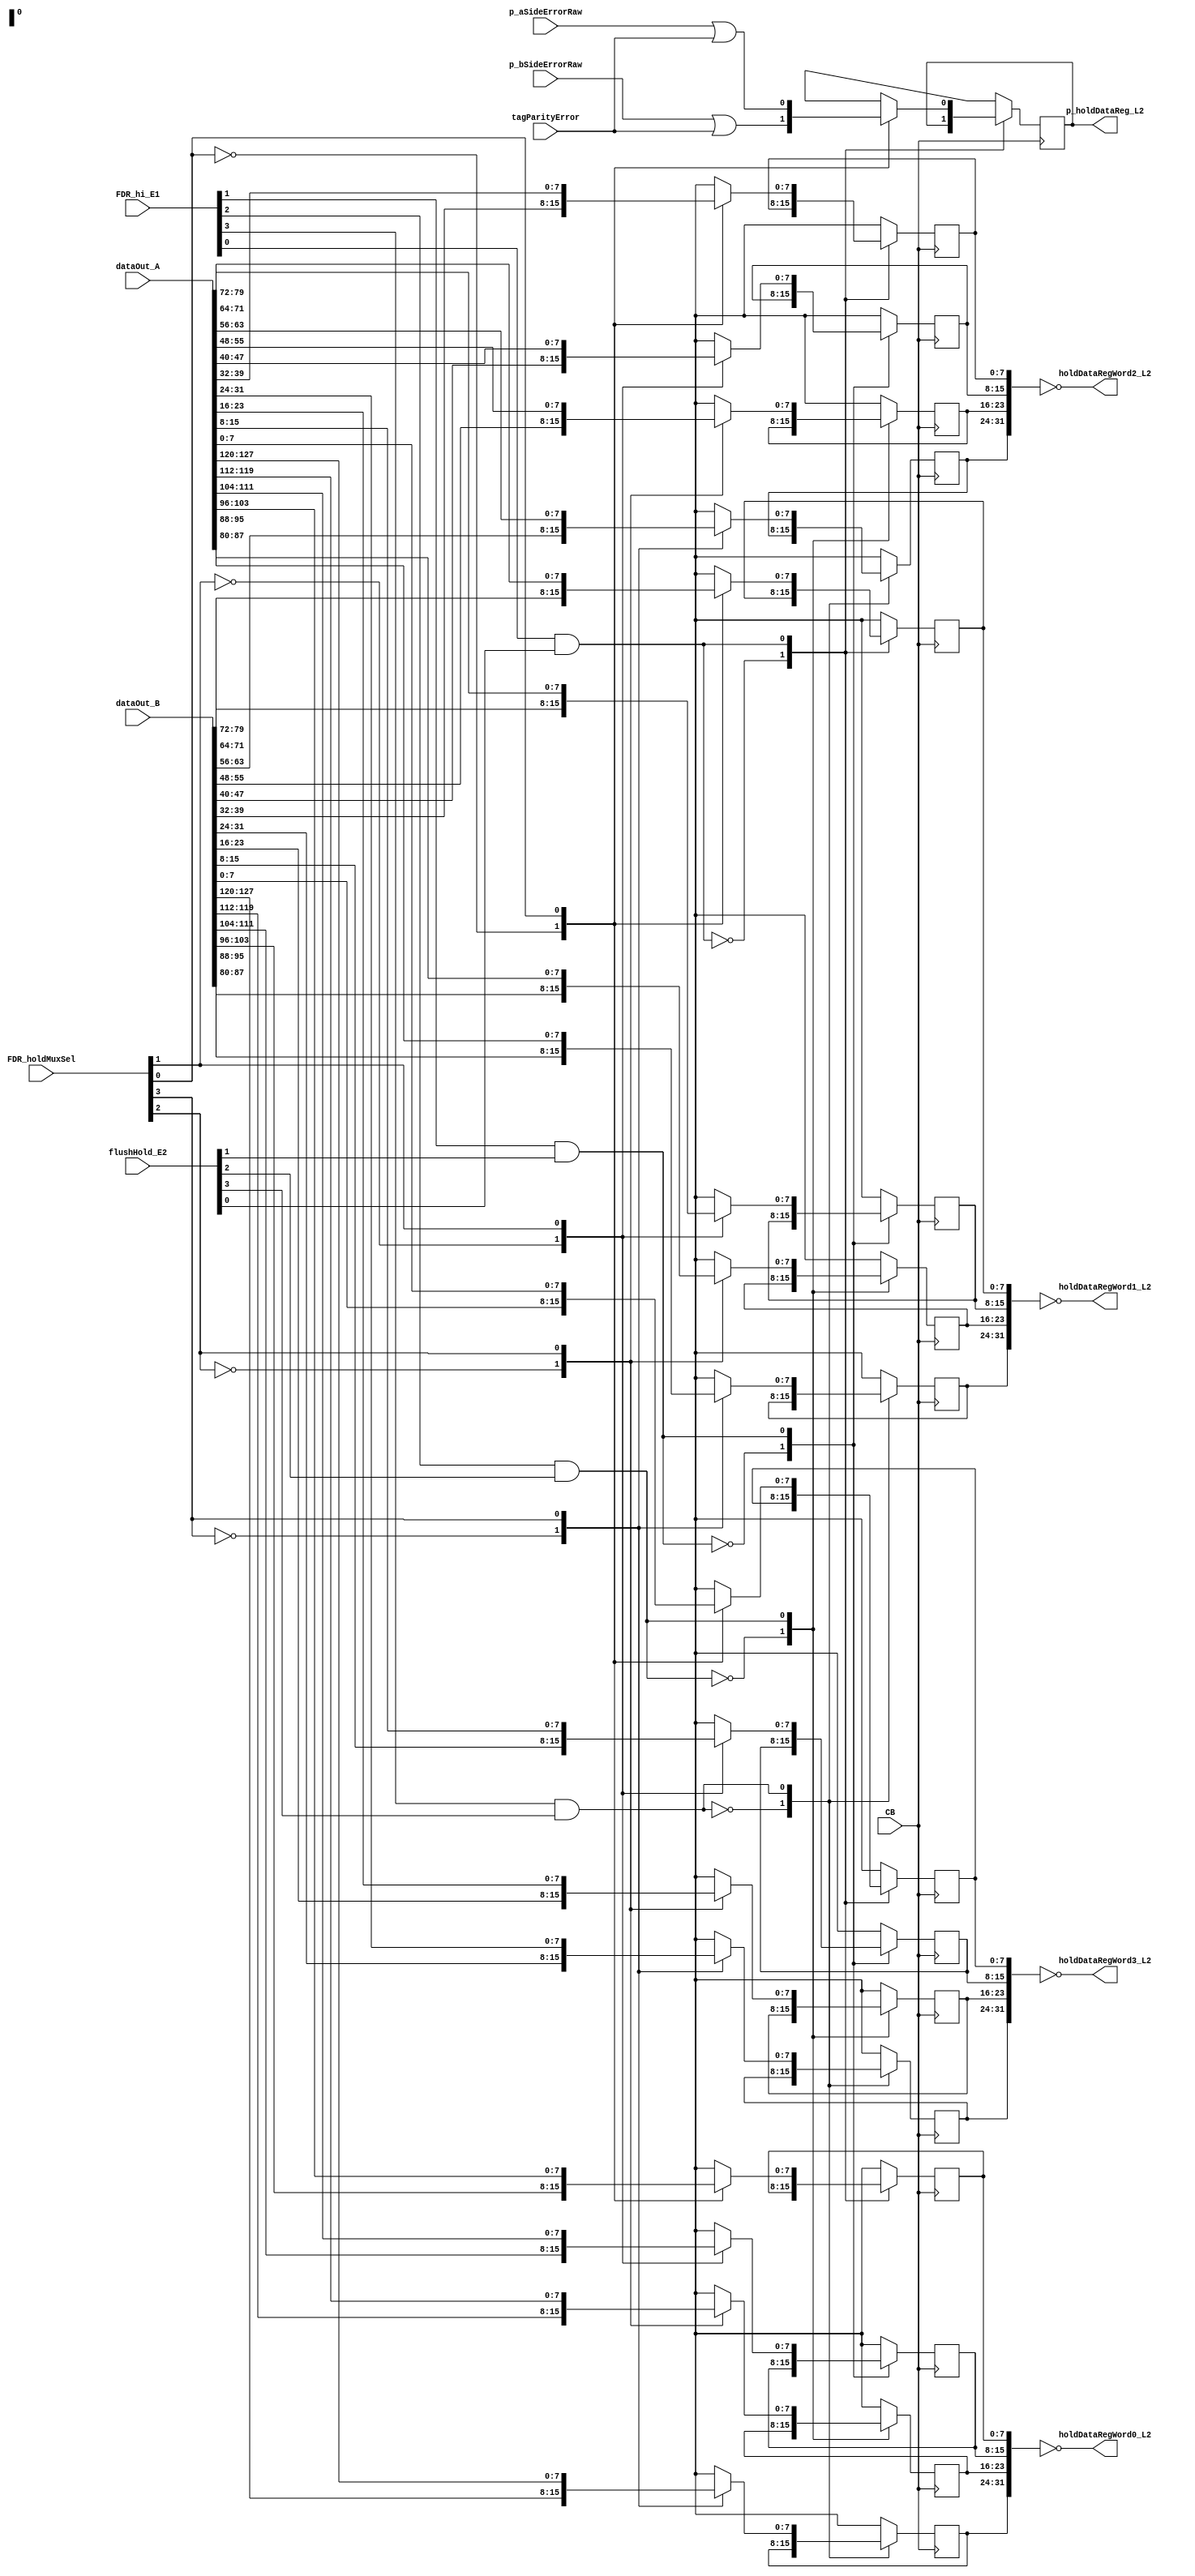
// 
// ************************************************************************** 
// 
//  Copyright (c) International Business Machines Corporation, 2005. 
// 
//  This file contains trade secrets and other proprietary and confidential 
//  information of International Business Machines Corporation which are 
//  protected by copyright and other intellectual property rights and shall 
//  not be reproduced, transferred to other documents, disclosed to others, 
//  or used for any purpose except as specifically authorized in writing by 
//  International Business Machines Corporation. This notice must be 
//  contained as part of this text at all times. 
// 
// ************************************************************************** 
//

module p405s_DCU_holdReg( holdDataRegWord0_L2,
                          holdDataRegWord1_L2,
                          holdDataRegWord2_L2,
                          holdDataRegWord3_L2,
                          p_holdDataReg_L2,
                          CB,
                          FDR_hi_E1,
                          FDR_holdMuxSel,
                          dataOut_A,
                          p_aSideErrorRaw,
                          dataOut_B,
                          p_bSideErrorRaw,
                          tagParityError,
                          flushHold_E2)
                         ;

output [0:31]  holdDataRegWord0_L2;
output [0:31]  holdDataRegWord1_L2;
output [0:31]  holdDataRegWord2_L2;
output [0:31]  holdDataRegWord3_L2;

input CB;
input [0:3]  FDR_hi_E1;
input [0:3]  flushHold_E2;
input [0:127]  dataOut_A;
input [0:127]  dataOut_B;
input [0:3]  FDR_holdMuxSel;

//--------- start ---------------
// rgoldiez - added a parity error latch bit to the holdReg which could feed the FDR
//            need the error signals for a/b which will get latched into this new bit
//
//            added the new output p_holdDataReg_L2, which says there is an error the holdDR
//              half line

input  p_aSideErrorRaw;
input  p_bSideErrorRaw;
input  tagParityError;
output p_holdDataReg_L2;

//--------- end -----------------

// Removed the module 'module dp_regDCU_holdWord3Byte0
// Removed the module 'module dp_regDCU_holdWord3Byte1
// Removed the module 'module dp_regDCU_holdWord3Byte2
// Removed the module 'module dp_regDCU_holdWord3Byte3
// Removed the module 'module dp_regDCU_holdWord2Byte0
// Removed the module 'module dp_regDCU_holdWord2Byte1
// Removed the module 'module dp_regDCU_holdWord2Byte2
// Removed the module 'module dp_regDCU_holdWord2Byte3
// Removed the module 'module dp_regDCU_holdWord1Byte0
// Removed the module 'module dp_regDCU_holdWord1Byte1
// Removed the module 'module dp_regDCU_holdWord1Byte2
// Removed the module 'module dp_regDCU_holdWord1Byte3
// Removed the module 'module dp_regDCU_holdWord0Byte0
// Removed the module 'module dp_regDCU_holdWord0Byte1
// Removed the module 'module dp_regDCU_holdWord0Byte2
// Removed the module 'module dp_regDCU_holdWord0Byte3

   reg [0:127] dp_Reg_DataIn;
   reg [0:31]  holdDataRegWord3_L2n;
   wire [0:31] holdDataRegWord3_L2;   
   assign      holdDataRegWord3_L2 = ~holdDataRegWord3_L2n;
   
   always @(FDR_holdMuxSel or dataOut_B or dataOut_A)        
     begin                                       
	case(FDR_holdMuxSel[3])                    
	  1'b0: dp_Reg_DataIn[120:127] = dataOut_B[120:127];   
	  1'b1: dp_Reg_DataIn[120:127] = dataOut_A[120:127];   
	  default: dp_Reg_DataIn[120:127] = 8'bx;  
	endcase                             
     end                                  
   // L2 Output modeled as posedge FF      
   always @(posedge CB)      
     begin                                       
	case(FDR_hi_E1[3] & flushHold_E2[3])                        
	  1'b0: holdDataRegWord3_L2n[24:31] <= holdDataRegWord3_L2n[24:31];                
	  1'b1: holdDataRegWord3_L2n[24:31] <= dp_Reg_DataIn[120:127];       
	  default: holdDataRegWord3_L2n[24:31] <= 8'bx;  
	endcase                             
     end                                  

   always @(FDR_holdMuxSel or dataOut_B or dataOut_A)        
     begin                                       
	case(FDR_holdMuxSel[2])                    
	  1'b0: dp_Reg_DataIn[112:119] = dataOut_B[112:119];   
	  1'b1: dp_Reg_DataIn[112:119] = dataOut_A[112:119];   
	  default: dp_Reg_DataIn[112:119] = 8'bx;  
	endcase                             
     end                                  
   // L2 Output modeled as posedge FF      
   always @(posedge CB)      
     begin                                       
	case(FDR_hi_E1[2] & flushHold_E2[2])                        
	  1'b0: holdDataRegWord3_L2n[16:23] <= holdDataRegWord3_L2n[16:23];                
	  1'b1: holdDataRegWord3_L2n[16:23] <= dp_Reg_DataIn[112:119];       
	  default: holdDataRegWord3_L2n[16:23] <= 8'bx;  
	endcase                             
     end                                  

   always @(FDR_holdMuxSel or dataOut_B or dataOut_A)        
     begin                                       
	case(FDR_holdMuxSel[1])                    
	  1'b0: dp_Reg_DataIn[104:111] = dataOut_B[104:111];   
	  1'b1: dp_Reg_DataIn[104:111] = dataOut_A[104:111];   
	  default: dp_Reg_DataIn[104:111] = 8'bx;  
	endcase                             
     end                                  
   // L2 Output modeled as posedge FF      
   always @(posedge CB)      
     begin                                       
	case(FDR_hi_E1[1] & flushHold_E2[1])                        
	  1'b0: holdDataRegWord3_L2n[8:15] <= holdDataRegWord3_L2n[8:15];                
	  1'b1: holdDataRegWord3_L2n[8:15] <= dp_Reg_DataIn[104:111];       
	  default: holdDataRegWord3_L2n[8:15] <= 8'bx;  
	endcase                             
     end                                  

   always @(FDR_holdMuxSel or dataOut_B or dataOut_A)        
     begin                                       
	case(FDR_holdMuxSel[0])                    
	  1'b0: dp_Reg_DataIn[96:103] = dataOut_B[96:103];   
	  1'b1: dp_Reg_DataIn[96:103] = dataOut_A[96:103];   
	  default: dp_Reg_DataIn[96:103] = 8'bx;  
	endcase                             
     end                                  
   // L2 Output modeled as posedge FF      
   always @(posedge CB)      
     begin                                       
	case(FDR_hi_E1[0] & flushHold_E2[0])                        
	  1'b0: holdDataRegWord3_L2n[0:7] <= holdDataRegWord3_L2n[0:7];                
	  1'b1: holdDataRegWord3_L2n[0:7] <= dp_Reg_DataIn[96:103];       
	  default: holdDataRegWord3_L2n[0:7] <= 8'bx;  
	endcase                             
     end                                  


   reg [0:31]  holdDataRegWord2_L2n;
   wire [0:31] holdDataRegWord2_L2;   
   assign      holdDataRegWord2_L2 = ~holdDataRegWord2_L2n;
   
   always @(FDR_holdMuxSel or dataOut_B or dataOut_A)        
     begin                                       
	case(FDR_holdMuxSel[3])                    
	  1'b0: dp_Reg_DataIn[88:95] = dataOut_B[88:95];   
	  1'b1: dp_Reg_DataIn[88:95] = dataOut_A[88:95];   
	  default: dp_Reg_DataIn[88:95] = 8'bx;  
	endcase                             
     end                                  
   // L2 Output modeled as posedge FF      
   always @(posedge CB)      
     begin                                       
	case(FDR_hi_E1[3] & flushHold_E2[3])                        
	  1'b0: holdDataRegWord2_L2n[24:31] <= holdDataRegWord2_L2n[24:31];                
	  1'b1: holdDataRegWord2_L2n[24:31] <= dp_Reg_DataIn[88:95];       
	  default: holdDataRegWord2_L2n[24:31] <= 8'bx;  
	endcase                             
     end                                  

   always @(FDR_holdMuxSel or dataOut_B or dataOut_A)        
     begin                                       
	case(FDR_holdMuxSel[2])                    
	  1'b0: dp_Reg_DataIn[80:87] = dataOut_B[80:87];   
	  1'b1: dp_Reg_DataIn[80:87] = dataOut_A[80:87];   
	  default: dp_Reg_DataIn[80:87] = 8'bx;  
	endcase                             
     end                                  
   // L2 Output modeled as posedge FF      
   always @(posedge CB)      
     begin                                       
	case(FDR_hi_E1[2] & flushHold_E2[2])                        
	  1'b0: holdDataRegWord2_L2n[16:23] <= holdDataRegWord2_L2n[16:23];                
	  1'b1: holdDataRegWord2_L2n[16:23] <= dp_Reg_DataIn[80:87];       
	  default: holdDataRegWord2_L2n[16:23] <= 8'bx;  
	endcase                             
     end                                  

   always @(FDR_holdMuxSel or dataOut_B or dataOut_A)        
     begin                                       
	case(FDR_holdMuxSel[1])                    
	  1'b0: dp_Reg_DataIn[72:79] = dataOut_B[72:79];   
	  1'b1: dp_Reg_DataIn[72:79] = dataOut_A[72:79];   
	  default: dp_Reg_DataIn[72:79] = 8'bx;  
	endcase                             
     end                                  
   // L2 Output modeled as posedge FF      
   always @(posedge CB)      
     begin                                       
	case(FDR_hi_E1[1] & flushHold_E2[1])                        
	  1'b0: holdDataRegWord2_L2n[8:15] <= holdDataRegWord2_L2n[8:15];                
	  1'b1: holdDataRegWord2_L2n[8:15] <= dp_Reg_DataIn[72:79];       
	  default: holdDataRegWord2_L2n[8:15] <= 8'bx;  
	endcase                             
     end                                  

   always @(FDR_holdMuxSel or dataOut_B or dataOut_A)        
     begin                                       
	case(FDR_holdMuxSel[0])                    
	  1'b0: dp_Reg_DataIn[64:71] = dataOut_B[64:71];   
	  1'b1: dp_Reg_DataIn[64:71] = dataOut_A[64:71];   
	  default: dp_Reg_DataIn[64:71] = 8'bx;  
	endcase                             
     end                                  
   // L2 Output modeled as posedge FF      
   always @(posedge CB)      
     begin                                       
	case(FDR_hi_E1[0] & flushHold_E2[0])                        
	  1'b0: holdDataRegWord2_L2n[0:7] <= holdDataRegWord2_L2n[0:7];                
	  1'b1: holdDataRegWord2_L2n[0:7] <= dp_Reg_DataIn[64:71];       
	  default: holdDataRegWord2_L2n[0:7] <= 8'bx;  
	endcase                             
     end                                  

   reg [0:31]  holdDataRegWord1_L2n;
   wire [0:31] holdDataRegWord1_L2;   
   assign      holdDataRegWord1_L2 = ~holdDataRegWord1_L2n;
   
   always @(FDR_holdMuxSel or dataOut_B or dataOut_A)        
     begin                                       
	case(FDR_holdMuxSel[3])                    
	  1'b0: dp_Reg_DataIn[56:63] = dataOut_B[56:63];   
	  1'b1: dp_Reg_DataIn[56:63] = dataOut_A[56:63];   
	  default: dp_Reg_DataIn[56:63] = 8'bx;  
	endcase                             
     end                                  
   // L2 Output modeled as posedge FF      
   always @(posedge CB)      
     begin                                       
	case(FDR_hi_E1[3] & flushHold_E2[3])                        
	  1'b0: holdDataRegWord1_L2n[24:31] <= holdDataRegWord1_L2n[24:31];                
	  1'b1: holdDataRegWord1_L2n[24:31] <= dp_Reg_DataIn[56:63];       
	  default: holdDataRegWord1_L2n[24:31] <= 8'bx;  
	endcase                             
     end                                  

   always @(FDR_holdMuxSel or dataOut_B or dataOut_A)        
     begin                                       
	case(FDR_holdMuxSel[2])                    
	  1'b0: dp_Reg_DataIn[48:55] = dataOut_B[48:55];   
	  1'b1: dp_Reg_DataIn[48:55] = dataOut_A[48:55];   
	  default: dp_Reg_DataIn[48:55] = 8'bx;  
	endcase                             
     end                                  
   // L2 Output modeled as posedge FF      
   always @(posedge CB)      
     begin                                       
	case(FDR_hi_E1[2] & flushHold_E2[2])                        
	  1'b0: holdDataRegWord1_L2n[16:23] <= holdDataRegWord1_L2n[16:23];                
	  1'b1: holdDataRegWord1_L2n[16:23] <= dp_Reg_DataIn[48:55];       
	  default: holdDataRegWord1_L2n[16:23] <= 8'bx;  
	endcase                             
     end                                  

   always @(FDR_holdMuxSel or dataOut_B or dataOut_A)        
     begin                                       
	case(FDR_holdMuxSel[1])                    
	  1'b0: dp_Reg_DataIn[40:47] = dataOut_B[40:47];   
	  1'b1: dp_Reg_DataIn[40:47] = dataOut_A[40:47];   
	  default: dp_Reg_DataIn[40:47] = 8'bx;  
	endcase                             
     end                                  
   // L2 Output modeled as posedge FF      
   always @(posedge CB)      
     begin                                       
	case(FDR_hi_E1[1] & flushHold_E2[1])                        
	  1'b0: holdDataRegWord1_L2n[8:15] <= holdDataRegWord1_L2n[8:15];                
	  1'b1: holdDataRegWord1_L2n[8:15] <= dp_Reg_DataIn[40:47];       
	  default: holdDataRegWord1_L2n[8:15] <= 8'bx;  
	endcase                             
     end                                  

   always @(FDR_holdMuxSel or dataOut_B or dataOut_A)        
     begin                                       
	case(FDR_holdMuxSel[0])                    
	  1'b0: dp_Reg_DataIn[32:39] = dataOut_B[32:39];   
	  1'b1: dp_Reg_DataIn[32:39] = dataOut_A[32:39];   
	  default: dp_Reg_DataIn[32:39] = 8'bx;  
	endcase                             
     end                                  
   // L2 Output modeled as posedge FF      
   always @(posedge CB)      
     begin                                       
	case(FDR_hi_E1[0] & flushHold_E2[0])                        
	  1'b0: holdDataRegWord1_L2n[0:7] <= holdDataRegWord1_L2n[0:7];                
	  1'b1: holdDataRegWord1_L2n[0:7] <= dp_Reg_DataIn[32:39];       
	  default: holdDataRegWord1_L2n[0:7] <= 8'bx;  
	endcase                             
     end                                  

   reg [0:31]  holdDataRegWord0_L2n;
   wire [0:31] holdDataRegWord0_L2;   
   assign      holdDataRegWord0_L2 = ~holdDataRegWord0_L2n;
   
   always @(FDR_holdMuxSel or dataOut_B or dataOut_A)        
     begin                                       
	case(FDR_holdMuxSel[3])                    
	  1'b0: dp_Reg_DataIn[24:31] = dataOut_B[24:31];   
	  1'b1: dp_Reg_DataIn[24:31] = dataOut_A[24:31];   
	  default: dp_Reg_DataIn[24:31] = 8'bx;  
	endcase                             
     end                                  
   // L2 Output modeled as posedge FF      
   always @(posedge CB)      
     begin                                       
	case(FDR_hi_E1[3] & flushHold_E2[3])                        
	  1'b0: holdDataRegWord0_L2n[24:31] <= holdDataRegWord0_L2n[24:31];                
	  1'b1: holdDataRegWord0_L2n[24:31] <= dp_Reg_DataIn[24:31];       
	  default: holdDataRegWord0_L2n[24:31] <= 8'bx;  
	endcase                             
     end                                  

   always @(FDR_holdMuxSel or dataOut_B or dataOut_A)        
     begin                                       
	case(FDR_holdMuxSel[2])                    
	  1'b0: dp_Reg_DataIn[16:23] = dataOut_B[16:23];   
	  1'b1: dp_Reg_DataIn[16:23] = dataOut_A[16:23];   
	  default: dp_Reg_DataIn[16:23] = 8'bx;  
	endcase                             
     end                                  
   // L2 Output modeled as posedge FF      
   always @(posedge CB)      
     begin                                       
	case(FDR_hi_E1[2] & flushHold_E2[2])                        
	  1'b0: holdDataRegWord0_L2n[16:23] <= holdDataRegWord0_L2n[16:23];                
	  1'b1: holdDataRegWord0_L2n[16:23] <= dp_Reg_DataIn[16:23];       
	  default: holdDataRegWord0_L2n[16:23] <= 8'bx;  
	endcase                             
     end                                  

   always @(FDR_holdMuxSel or dataOut_B or dataOut_A)        
     begin                                       
	case(FDR_holdMuxSel[1])                    
	  1'b0: dp_Reg_DataIn[8:15] = dataOut_B[8:15];   
	  1'b1: dp_Reg_DataIn[8:15] = dataOut_A[8:15];   
	  default: dp_Reg_DataIn[8:15] = 8'bx;  
	endcase                             
     end                                  
   // L2 Output modeled as posedge FF      
   always @(posedge CB)      
     begin                                       
	case(FDR_hi_E1[1] & flushHold_E2[1])                        
	  1'b0: holdDataRegWord0_L2n[8:15] <= holdDataRegWord0_L2n[8:15];                
	  1'b1: holdDataRegWord0_L2n[8:15] <= dp_Reg_DataIn[8:15];       
	  default: holdDataRegWord0_L2n[8:15] <= 8'bx;  
	endcase                             
     end                                  

   always @(FDR_holdMuxSel or dataOut_B or dataOut_A)        
     begin                                       
	case(FDR_holdMuxSel[0])                    
	  1'b0: dp_Reg_DataIn[0:7] = dataOut_B[0:7];   
	  1'b1: dp_Reg_DataIn[0:7] = dataOut_A[0:7];   
	  default: dp_Reg_DataIn[0:7] = 8'bx;  
	endcase                             
     end                                  
   // L2 Output modeled as posedge FF      
   always @(posedge CB)      
     begin                                       
	case(FDR_hi_E1[0] & flushHold_E2[0])                        
	  1'b0: holdDataRegWord0_L2n[0:7] <= holdDataRegWord0_L2n[0:7];                
	  1'b1: holdDataRegWord0_L2n[0:7] <= dp_Reg_DataIn[0:7];       
	  default: holdDataRegWord0_L2n[0:7] <= 8'bx;  
	endcase                             
     end                                  

//--------- start ---------------
// rgoldiez - added a parity error latch bit to the holdReg which could feed the FDR
   // Replacing instantiation: PDP_P2EUL2 dp_regDCU_parityHoldErrorBit
   reg dp_regDCU_parityHoldErrorBit_regL2;
   reg dp_regDCU_parityHoldErrorBit_DataIn;
   wire dp_regDCU_parityHoldErrorBit_D0,dp_regDCU_parityHoldErrorBit_D1; 
   wire dp_regDCU_parityHoldErrorBit_SD; 
   wire dp_regDCU_parityHoldErrorBit_E1; 
   assign p_holdDataReg_L2 = dp_regDCU_parityHoldErrorBit_regL2;     	
   assign dp_regDCU_parityHoldErrorBit_E1 = FDR_hi_E1[3] & flushHold_E2[3];     
   assign dp_regDCU_parityHoldErrorBit_SD = FDR_holdMuxSel[3];    	
   assign dp_regDCU_parityHoldErrorBit_D0 = (p_bSideErrorRaw | tagParityError);    	
   assign dp_regDCU_parityHoldErrorBit_D1 = (p_aSideErrorRaw | tagParityError);    	
                                           
   // 2-1 Mux input to register	      	
   always @(dp_regDCU_parityHoldErrorBit_D0 or dp_regDCU_parityHoldErrorBit_D1 or dp_regDCU_parityHoldErrorBit_SD)  	
    begin				  	
    case(dp_regDCU_parityHoldErrorBit_SD)			
     1'b0: dp_regDCU_parityHoldErrorBit_DataIn = dp_regDCU_parityHoldErrorBit_D0;	
     1'b1: dp_regDCU_parityHoldErrorBit_DataIn = dp_regDCU_parityHoldErrorBit_D1;	
      default: dp_regDCU_parityHoldErrorBit_DataIn = 1'bx;  
    endcase		 		
   end			 		
   // L2 Output modeled as posedge FF      
   always @(posedge CB)  	
    begin				  	
    case(dp_regDCU_parityHoldErrorBit_E1)			
     1'b0: dp_regDCU_parityHoldErrorBit_regL2 <= dp_regDCU_parityHoldErrorBit_regL2;		
     1'b1: dp_regDCU_parityHoldErrorBit_regL2 <= dp_regDCU_parityHoldErrorBit_DataIn;	
      default: dp_regDCU_parityHoldErrorBit_regL2 <= 1'bx;  
    endcase		 		
   end			 		

//--------- end -----------------

endmodule